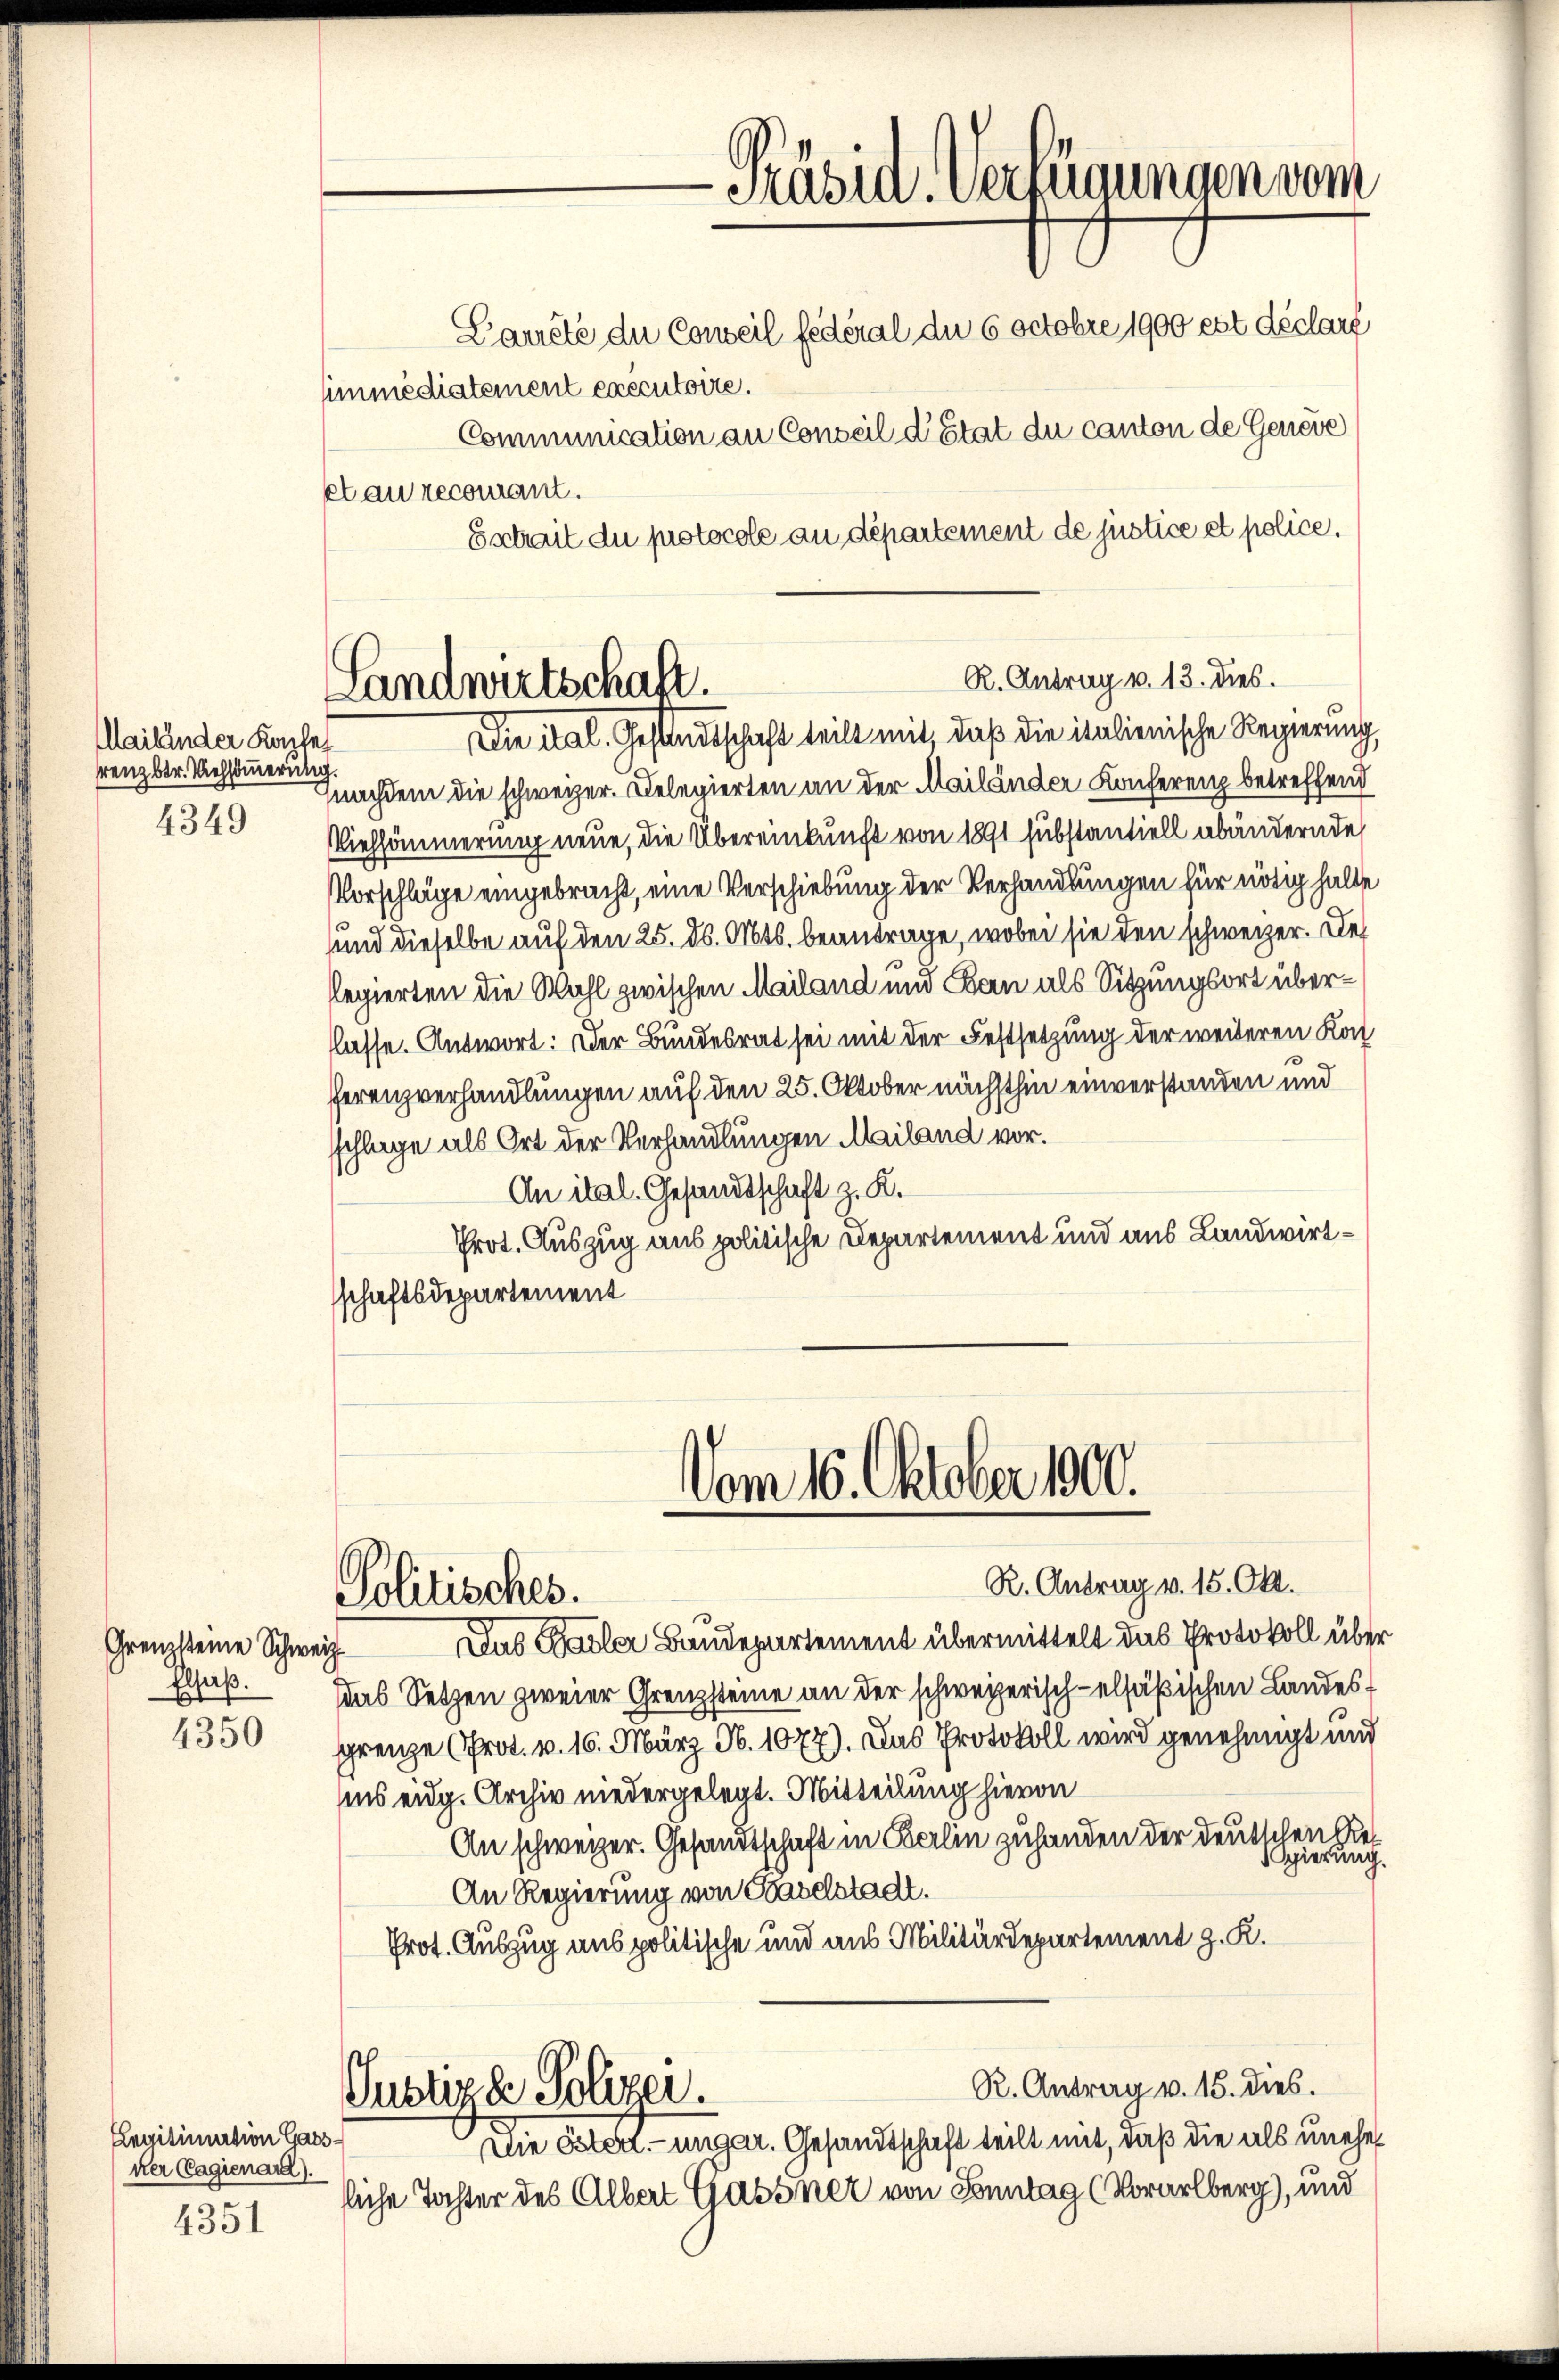
ailänder Kopfe
renz betr. Viehstierung.
4349

Grenzsteine Schweiz.
Elsaß.

4350

Legitimation Gassner Cagienare).

4351

simmediatement executoire.
et au recomant.
Estrait du protocole au département de justice et police.

nachdem die schweizer. Delegierten an der Mailänder Konferenz betreffend
Viehsömmerung neue, die Übereinkunft von 1891 substantiell abändernde
Vorschläge eingebracht, eine Verschiebung der Verhandlungen für nötig halte
c
uund dieselbe auf den 25. d. Mts. beantrage, wobei sie den schweizer. De
Regierten die Wahl zwischen Mailand und Bau als Sitzungsort überlasse. Antwort: Der Bundesrat sei mit der Festsetzung der weiteren Kon
ferenzverhandlungen auf den 25. Oktober nächsthin einverstanden und
schlage als Ort der Verhandlungen Mailand vor.
An ital. Gesandtschaft z. K.
Prot. Auszug aus politische Departement und aus Landwirtschaftsdepartement

R. Antrag v. 13. dies.
Landwirtschaft.
Die ital. Gesandtschaft teilt mit, daß die italienische Regierung

Politisches.

Präsid. Verfügungen vom
Laureté du Conseil fédéral die 6 octobre 1900 est déclaré
Communication an Conseil d’Etat du canton de Geneve

R. Antrag v. 15. Okt.
Das Basler Baudepartement übermittelt das Protokoll über
das Setzen zweier Grenzsteine an der schweizerisch-elsäßischen Landesgrenze (Prot. v. 16. März N. 1077). Das Protokoll wird genehmigt und
ins eidg. Archiv niedergelegt. Mitteilung hievon
An schweizer. Gesandtschaft in Berlin zuhanden der deutschen Reerung.
h
An Regierung von Baselstadt.
Prot. Auszug aus politische und aus Militärdepartement z. K.
R. Antrag v. 15. dies.
Justige Polizer.
Die Östert unger. Gesandtschaft teilt mit, daß die als unehel
liche Tochter des Albert Gassner von Sonntag (Vorarlberg), und

Vom 16. Oktober 1900.